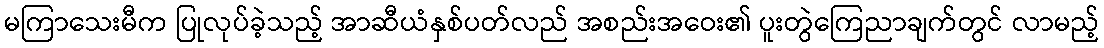
မကြာသေးမီက ပြုလုပ်ခဲ့သည့် အာဆီယံနှစ်ပတ်လည် အစည်းအဝေး၏ ပူးတွဲကြေညာချက်တွင် လာမည့်